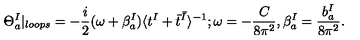
\Theta _ { a } ^ { I } | _ { l o o p s } = - \frac { i } { 2 } ( \omega + \beta _ { a } ^ { I } ) \langle t ^ { I } + \bar { t } ^ { \bar { I } } \rangle ^ { - 1 } ; { } \omega = - \frac { C } { 8 \pi ^ { 2 } } , \beta _ { a } ^ { I } = \frac { b _ { a } ^ { I } } { 8 \pi ^ { 2 } } .